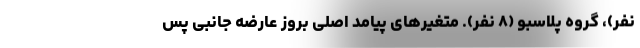
نفر)، گروه پلاسبو (۸ نفر). متغیر‌های پیامد اصلی بروز عارضه جانبی پس